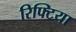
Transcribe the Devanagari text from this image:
रिफ्टिया